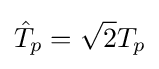
{\hat {T}}_{p}={\sqrt {2}}T_{p}